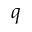
q